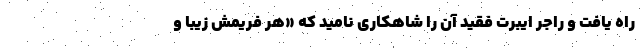
راه یافت و راجر ایبرت فقید آن را شاهکاری نامید که «هر فریمش زیبا و